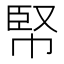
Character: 𢃥